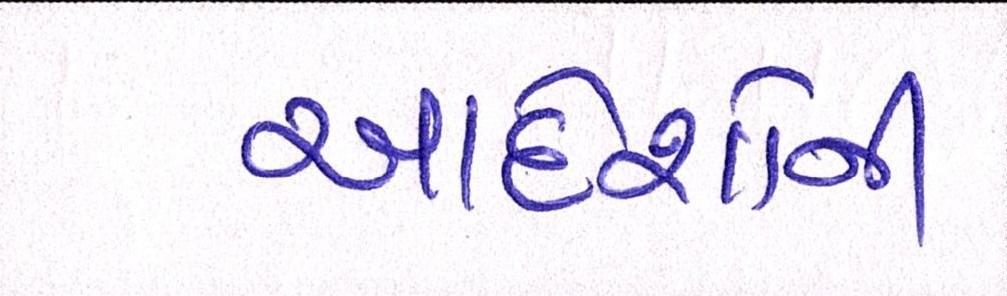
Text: આદેશોની